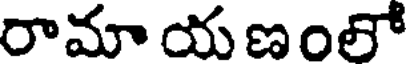
రామా య ణంలో